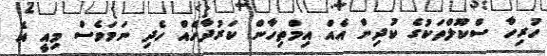
ހުރިހާ ސްކޫލްތަކުގެ ކުދިން އެއް އިމްތިހާން ކަރުދާހެއް ހެދި ނަމަވެސް މިއީ އެ